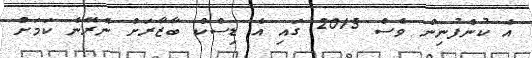
އެ ކުންފުނިން ވެސް 2015 ގައި އެ ޑިސްކް ބާޒާރަށް ނެރޭނެ ކަމަށް